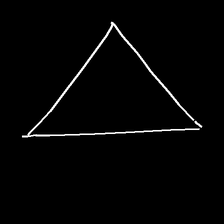
Glyph: convergence